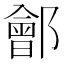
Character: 𨞤